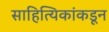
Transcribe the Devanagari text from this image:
साहित्यिकांकडून